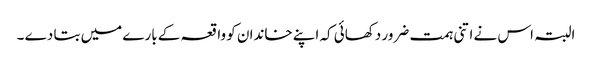
البتہ اس نے اتنی ہمت ضرور دکھائی کہ اپنے خاندان کو واقعہ کے بارے میں بتا دے ۔